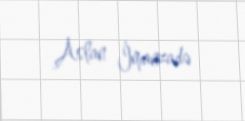
Aslan İmanzadə